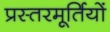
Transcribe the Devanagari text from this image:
प्रस्तरमूर्तियों